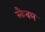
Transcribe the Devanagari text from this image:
स्कैबल